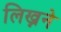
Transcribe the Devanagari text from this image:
लिख्नने